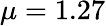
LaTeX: \mu=1.27